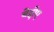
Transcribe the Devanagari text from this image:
बेद्दोए